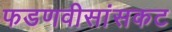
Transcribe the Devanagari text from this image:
फडणवीसांसकट